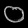
Digit: ၀